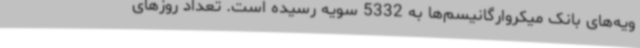
ویه‌های بانک میکروارگانیسم‌ها به 5332 سویه رسیده است. تعداد روزهای